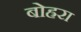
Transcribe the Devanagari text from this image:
बोह्ररा